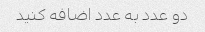
دو عدد به عدد اضافه کنید